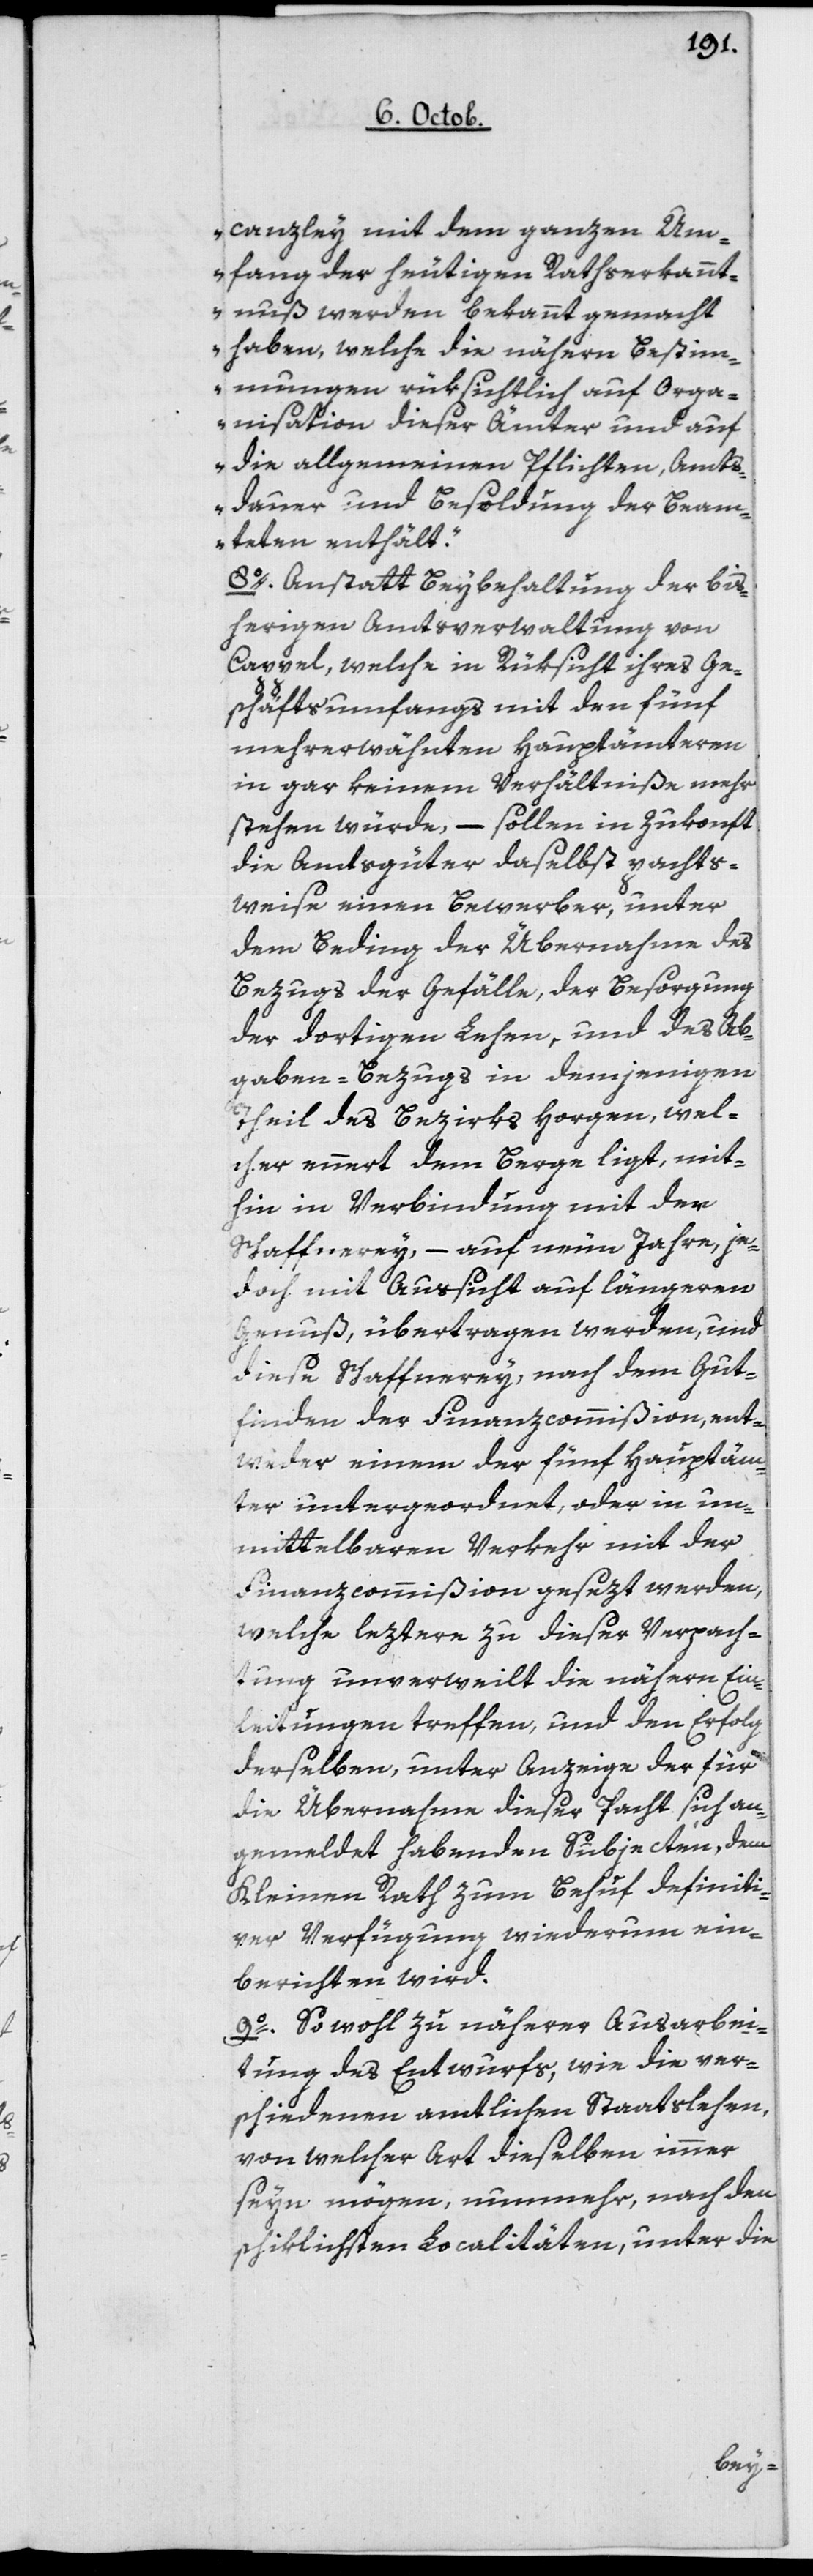
canzley mit dem ganzen Um¬
fang der heutigen Rathserkannt¬
nuß werden bekannt gemacht
haben, welche die nähern Bestim¬
mungen rüksichtlich auf Orga¬
nisation dieser Ämter und auf
die allgemeinen Pflichten, Amts¬
dauer und Besoldung des Beam¬
teten enthält.“
8o Anstatt Beybehaltung der bis¬
herigen Amtsverwaltung von
Cappel, welche in Rüksicht ihres Ge¬
schäftsumfangs mit den fünf
mehrerwähnten Hauptämteren
in gar keinem Verhältniße mehr
stehen würde, – sollen in Zukonft
die Amtsgüter daselbst pachts¬
weise einen Bewerber, unter
dem Beding der Übernahme des
Bezugs der Gefälle, der Besorgung
der dortigen Lehen, und des Ab¬
gaben-Bezugs in demjenigen
Theil des Bezirks Horgen, wel¬
cher ennert dem Berge liegt, mit¬
hin in Verbindung mit der
Schaffnerey, – auf neun Jahre, je¬
doch mit Aussicht auf längeren
Genuß, übertragen werden, und
diese Schaffnerey, nach dem Gut¬
finden der Finanzcommißion, ent¬
weder einem der fünf Hauptäm¬
ter untergeordnet, oder in un¬
mittelbaren Verkehr mit der
Finanzcommißion gesezt werden,
welche leztere zu dieser Verpacht¬
ung unverweilt die nähern Ein¬
leitungen treffen, und den Erfolg
derselben, unter Anzeige der für
die Übernahme dieser Pacht sich an¬
gemeldet habenden Subjecten, dem
Kleinen Rath zum Behuf definiti¬
ver Verfügung, wiederum ein¬
berichten wird.
9o Sowohl zu näherer Ausarbei¬
tung des Entwurfs, wie die ver¬
schiedenen amtlichen Staatslehen,
von welcher Art dieselben immer
seyn mögen, nunmehr nach den
schiklichsten Localitäten, unter die